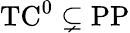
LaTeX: {\mathrm{TC}}^{0}\subsetneq{\mathrm{PP}}